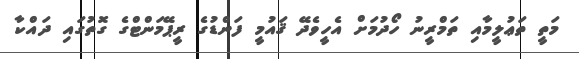
މަތީ ތަޢުލީމާއި ތަމްރީނު ހޯދުމަށް އެހީވެދޭ ޤައުމީ ފަންޑުގެ ރީޕޭމަންޓްގެ ގޮތުގައި ދައްކާ